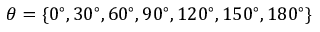
\theta = \{ 0 ^ { \circ } , 3 0 ^ { \circ } , 6 0 ^ { \circ } , 9 0 ^ { \circ } , 1 2 0 ^ { \circ } , 1 5 0 ^ { \circ } , 1 8 0 ^ { \circ } \}